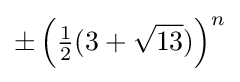
\pm \left({\tfrac {1}{2}}(3+{\sqrt {13}})\right)^{n}